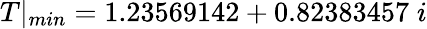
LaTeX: T|_{min}=1.23569142+0.82383457\; i